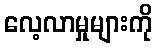
လေ့လာမှုများကို